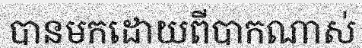
បានមកដោយពីបាកណាស់